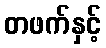
တဖက်နှင့်